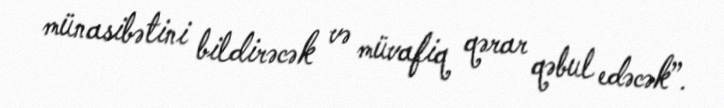
münasibətini bildirəcək və müvafiq qərar qəbul edəcək”.